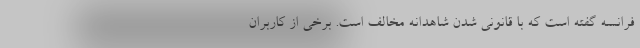
فرانسه گفته است که با قانونی شدن شاهدانه مخالف است. برخی از کاربران